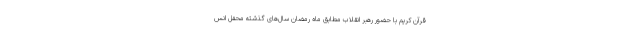
قرآن کریم با حضور رهبر انقلاب مطابق ماه رمضان سال‌های گذشته محفل انس